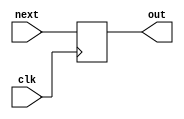
`define PUSH 3'b000
`define ADD 3'b001
`define SUB 3'b010
`define MUL 3'b011
`define INIT 3'b000
`define READ1 3'b001
`define READ2 3'b010
`define WRITE 3'b011
`define FIN   3'b100
`define ERR   3'b101
`define UND   3'b110

`define NO_OP 2'b00
`define DO_PUSH 2'b01
`define DO_POP 2'b10
`define STK0 4'b0000
`define STK1 4'b0001
`define STK2 4'b0010
`define STK3 4'b0011
`define STK4 4'b0100
`define STK5 4'b0101
`define STK6 4'b0110
`define STK7 4'b0111
`define STK8 4'b1000

module DFF(clk, next, out);
	parameter n = 1;
	input clk;
	input [n-1:0] next;
	output reg [n-1:0] out;
	always@(posedge clk) begin
		out = next;
	end
endmodule

module SM(clk, rst_n, instr, pc, d_valid, out_data, err_code, fin);
	input clk;
	input rst_n;
	input [12:0] instr;
	output [9:0] pc;
	output d_valid;
	output [19:0] out_data;
	output [2:0] err_code;
	output fin;
	
	wire 		cnt,next_cnt, restore, next_restore, full, empty, invalid, next_invalid;
	wire [2:0]	oper,state, next_state;
	wire [9:0]	next_pc, next_len, len;
	wire [19:0]	data,data2, next_data, next_data2, r_data, w_data;
	reg 		next_cnt1, next_restore1, next_invalid1;
	reg  [1:0]	cntrl;
	reg  [2:0] 	next_state1;
	
	assign next_pc = (rst_n == 0)? 10'd1023 : (state == `INIT)? 10'b0 : (state == `WRITE || state == `UND) ? pc + 1'b1 : (state == `ERR && restore == 0) ? pc + 1'b1 : pc;
	assign next_len = (rst_n == 0)? 4'b0 : (state == `INIT)? instr[9:0] : len;
	assign next_data = (rst_n == 0) ? 20'b0 : (state == `READ1) ? r_data[19:0] : data;
	assign next_data2 = (rst_n == 0) ? 20'b0 : (state == `READ2) ? r_data[19:0] : data2;
	assign next_state = (rst_n == 0) ? `INIT : next_state1;
	assign next_restore = (rst_n == 0) ? 0 : next_restore1;
	assign next_invalid = (rst_n == 0) ? 0 : next_invalid1;
	assign next_cnt = (rst_n == 0) ? 0 : next_cnt1;
	assign d_valid =  (state == `WRITE && cnt == 1) ? 1 : (state == `ERR || state == `UND) ? 1 : 0;
	assign err_code =  (invalid == 1) ? 3'b100 : (state == `ERR) ? 3'b001 : (state == `UND) ? 3'b010 : 3'b0;
	assign fin = (pc == len)? 1 : 0;
	assign oper = instr[12:10];
	assign out_data = (restore == 1) ? 20'b0 : (state == `WRITE) ? w_data : 20'b0;
	assign w_data = (state == `WRITE) ? (restore == 1) ? data : (cnt == 0) ? {{10{instr[9]}},instr[9:0]} : 
	                (oper == `ADD) ? (data + data2) : (oper == `SUB) ? (data - data2) : (oper == `MUL) ? (data * data2) : 20'b0 : 20'b0;

    always@(*) begin
	    case(state)
	    	`INIT: begin
	    		cntrl = `NO_OP;
	    		next_cnt1 = 0;
	    		next_restore1 = 0;
	    		next_invalid1 = 0;
	    	end

	    	`READ1: begin
	    		cntrl = `DO_POP;
	    		next_cnt1 = 1;
	    		next_restore1 = 0;
	    		next_invalid1 = (empty == 1) ? 1 : 0;
	    	end

	    	`READ2: begin
	    		cntrl = (empty == 1) ? `NO_OP : `DO_POP;
	    		next_cnt1 = 1;
	    		next_restore1 = (empty == 1) ? 1 : 0;
	    		next_invalid1 = (empty == 1) ? 1 : 0;
	    	end

	    	`WRITE: begin
	    		cntrl = `DO_PUSH;
	    		next_cnt1 = 0;
	    		next_restore1 = 0;
	    		next_invalid1 = 0;
	    	end

	    	`FIN: begin
	    		cntrl = `NO_OP;
	    		next_cnt1 = 0;
	    		next_restore1 = 0;
	    		next_invalid1 = 0;
	    	end

	    	`ERR: begin
	    		cntrl = `NO_OP;
	    		next_cnt1 = 0;
	    		next_restore1 = restore;
	    		next_invalid1 = invalid;
	    	end

	    	`UND: begin
	    		cntrl = `NO_OP;
	    		next_cnt1 = 0;
	    		next_restore1 = 0;
	    		next_invalid1 = 0;
	    	end
	    	default:begin
	    	end
	    endcase
    end
	
    always@(*) begin
	    case(state)
	    	`INIT: next_state1 = `FIN;
	    	`READ1: next_state1 = (empty == 1) ? `ERR : `READ2;
	    	`READ2: next_state1 = (empty == 1) ? `ERR : `WRITE;
	    	`WRITE: next_state1 = `FIN;
	    	`FIN: next_state1 = (oper == `PUSH) ? ((full == 0) ? `WRITE : `ERR) : ((oper == `ADD || oper == `SUB || oper == `MUL) ? `READ1 : `UND);
	    	`ERR: next_state1 = (restore == 1) ? `WRITE : `FIN;
	    	`UND: next_state1 = `FIN;
	    	default: next_state1 = `INIT;
	    endcase
    end
	
	DFF #(10)	DFF1(clk, next_pc, pc);
	DFF #(10)	DFF2(clk, next_len, len);
	DFF #(1)	DFF3(clk, next_cnt, cnt);
	DFF #(1)	DFF4(clk, next_restore, restore);
	DFF #(1)	DFF5(clk, next_invalid, invalid);
	DFF #(20)	DFF6(clk, next_data, data);
	DFF #(20)	DFF7(clk, next_data2, data2);
	DFF #(3)	DFF8(clk, next_state, state);
	
	SM_Mem SM(clk, rst_n, cntrl, w_data, r_data, full, empty);
endmodule

module SM_Mem(clk, rst_n, cntrl, w_data, r_data, full, empty);
	input clk;
	input rst_n;
	input [1:0] cntrl;
	input [19:0] w_data;
	output [19:0] r_data;
	output full;
	output empty;
	
	wire [3:0]	top,next_top;
	wire [19:0]	next_num1,next_num2,next_num3,next_num4,next_num5,next_num6,next_num7,next_num8,
	            num1,num2,num3,num4,num5,num6,num7,num8;
	reg  [19:0]	pop_data;
	
	assign next_top = (rst_n == 0) ? `STK0 :
	                  (cntrl == `DO_PUSH) ? ((top == `STK8) ? top : top + 1'b1) :
	                  (cntrl == `DO_POP) ? ((top == `STK0) ? top : top - 1'b1) : top;
	assign full = (rst_n == 0) ? 0 : (top == `STK8) ? 1 : 0;
	assign empty = (rst_n == 0) ? 1 : (top == `STK0) ? 1 : 0;
	assign next_num1 = (top == `STK0 && cntrl == `DO_PUSH) ? w_data : num1;
	assign next_num2 = (top == `STK1 && cntrl == `DO_PUSH) ? w_data : num2;
	assign next_num3 = (top == `STK2 && cntrl == `DO_PUSH) ? w_data : num3;
	assign next_num4 = (top == `STK3 && cntrl == `DO_PUSH) ? w_data : num4;
	assign next_num5 = (top == `STK4 && cntrl == `DO_PUSH) ? w_data : num5;
	assign next_num6 = (top == `STK5 && cntrl == `DO_PUSH) ? w_data : num6;
	assign next_num7 = (top == `STK6 && cntrl == `DO_PUSH) ? w_data : num7;
	assign next_num8 = (top == `STK7 && cntrl == `DO_PUSH) ? w_data : num8;
	assign r_data = (cntrl == `DO_POP) ? ((top == `STK1) ? num1 : (top == `STK2) ? num2 : (top == `STK3) ? num3 : (top == `STK4) ? num4 :
	                (top == `STK5) ? num5 : (top == `STK6) ? num6 : (top == `STK7) ? num7 : (top == `STK8) ? num8 : 20'b0):20'b0;

	DFF #(20) DFF1(clk, next_num1, num1);
	DFF #(20) DFF2(clk, next_num2, num2);
	DFF #(20) DFF3(clk, next_num3, num3);
	DFF #(20) DFF4(clk, next_num4, num4);
	DFF #(20) DFF5(clk, next_num5, num5);
	DFF #(20) DFF6(clk, next_num6, num6);
	DFF #(20) DFF7(clk, next_num7, num7);
	DFF #(20) DFF8(clk, next_num8, num8);
	DFF #(4)  DFF9(clk, next_top, top);
endmodule